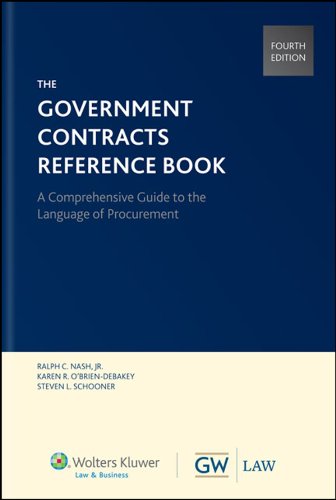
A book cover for Government Contracts Reference Book, Fourth Edition (Hardcover); Ralph C. Nash; Law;